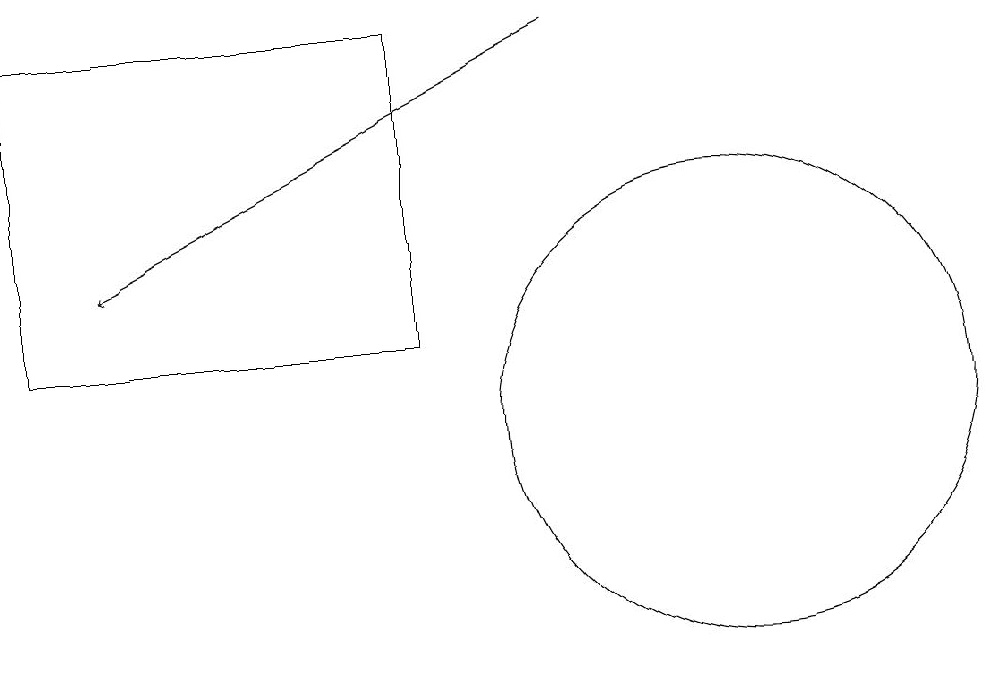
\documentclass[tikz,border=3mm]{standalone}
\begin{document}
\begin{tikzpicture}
\draw (10,11) circle (3);
\draw (6,16) rectangle (1,12);
\draw[->] (8,16) -- (2,13);
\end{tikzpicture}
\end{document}